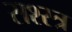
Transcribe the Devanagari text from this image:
सश्स्त्र